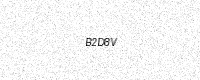
Text: B2D8V